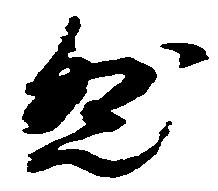
然